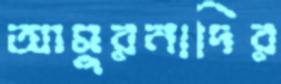
আমুরনাদির